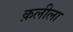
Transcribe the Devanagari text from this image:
क़लीला